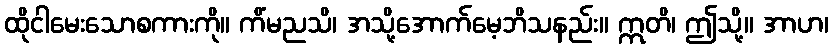
ထိုငါမေးသောစကားကို။ ကိံမညသိ၊ အသို့အောက်မေ့ဘိသနည်း။ ဣတိ၊ ဤသို့။ အာဟ၊